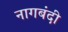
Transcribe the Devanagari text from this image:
नागबंदी